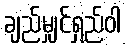
ချည်မျှင်ရှည်ဝါ